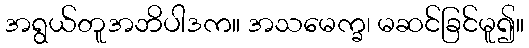
အရွယ်တူအဘိပါဒက။ အသမေက္ခ၊ မဆင်ခြင်မူ၍။